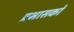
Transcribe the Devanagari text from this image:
प्रभासको